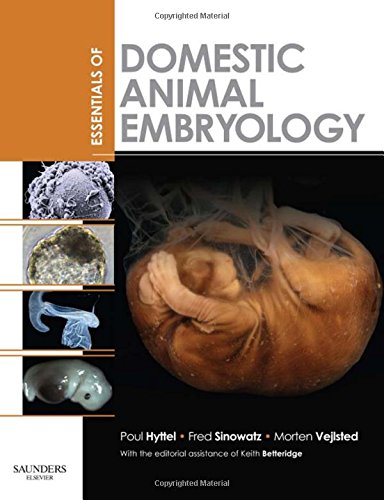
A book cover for Essentials of Domestic Animal Embryology, 1e; Poul Hyttel; Medical Books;